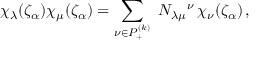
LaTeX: \chi _ { \lambda } ( \zeta _ { \alpha } ) \chi _ { \mu } ( \zeta _ { \alpha } ) = \sum _ { \nu \in P _ { + } ^ { ( k ) } } \ N _ { \lambda \mu } { } ^ { \nu } \, \chi _ { \nu } ( \zeta _ { \alpha } ) \, ,